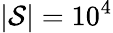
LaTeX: \vert{\cal S}\vert=10^{4}